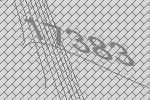
17383